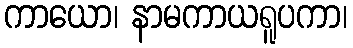
ကာယော၊ နာမကာယရူပကာ၊